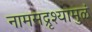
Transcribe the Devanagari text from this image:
नामसद्रृश्यामुळं